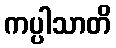
ကပ္ပါသာတိ